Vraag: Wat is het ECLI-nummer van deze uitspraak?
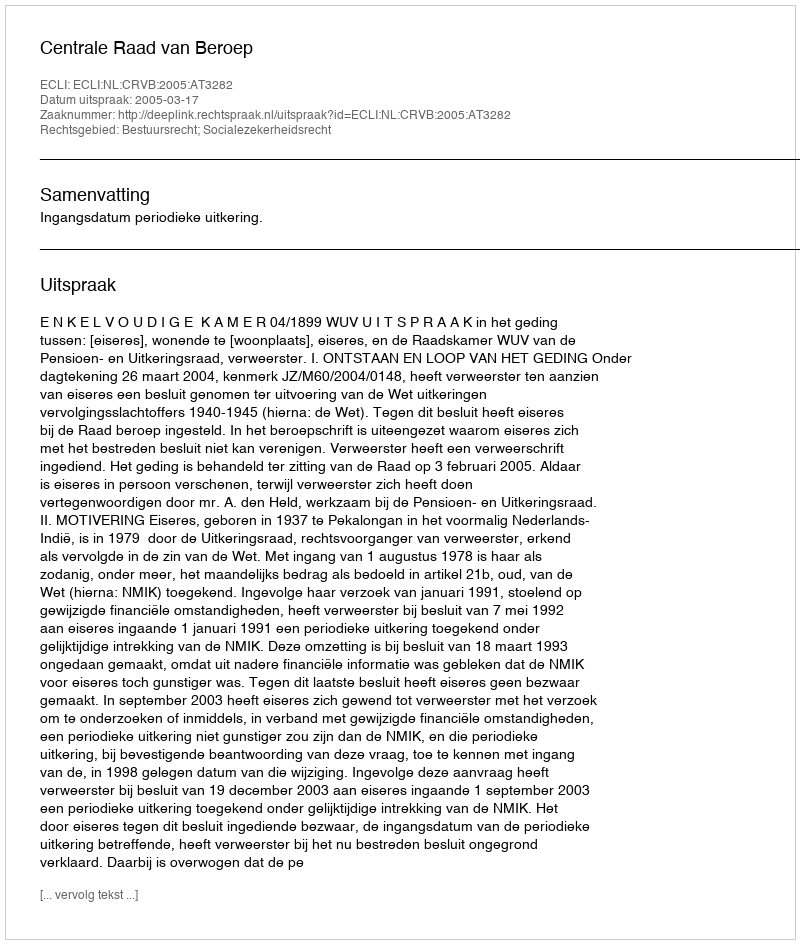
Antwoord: ECLI:NL:CRVB:2005:AT3282